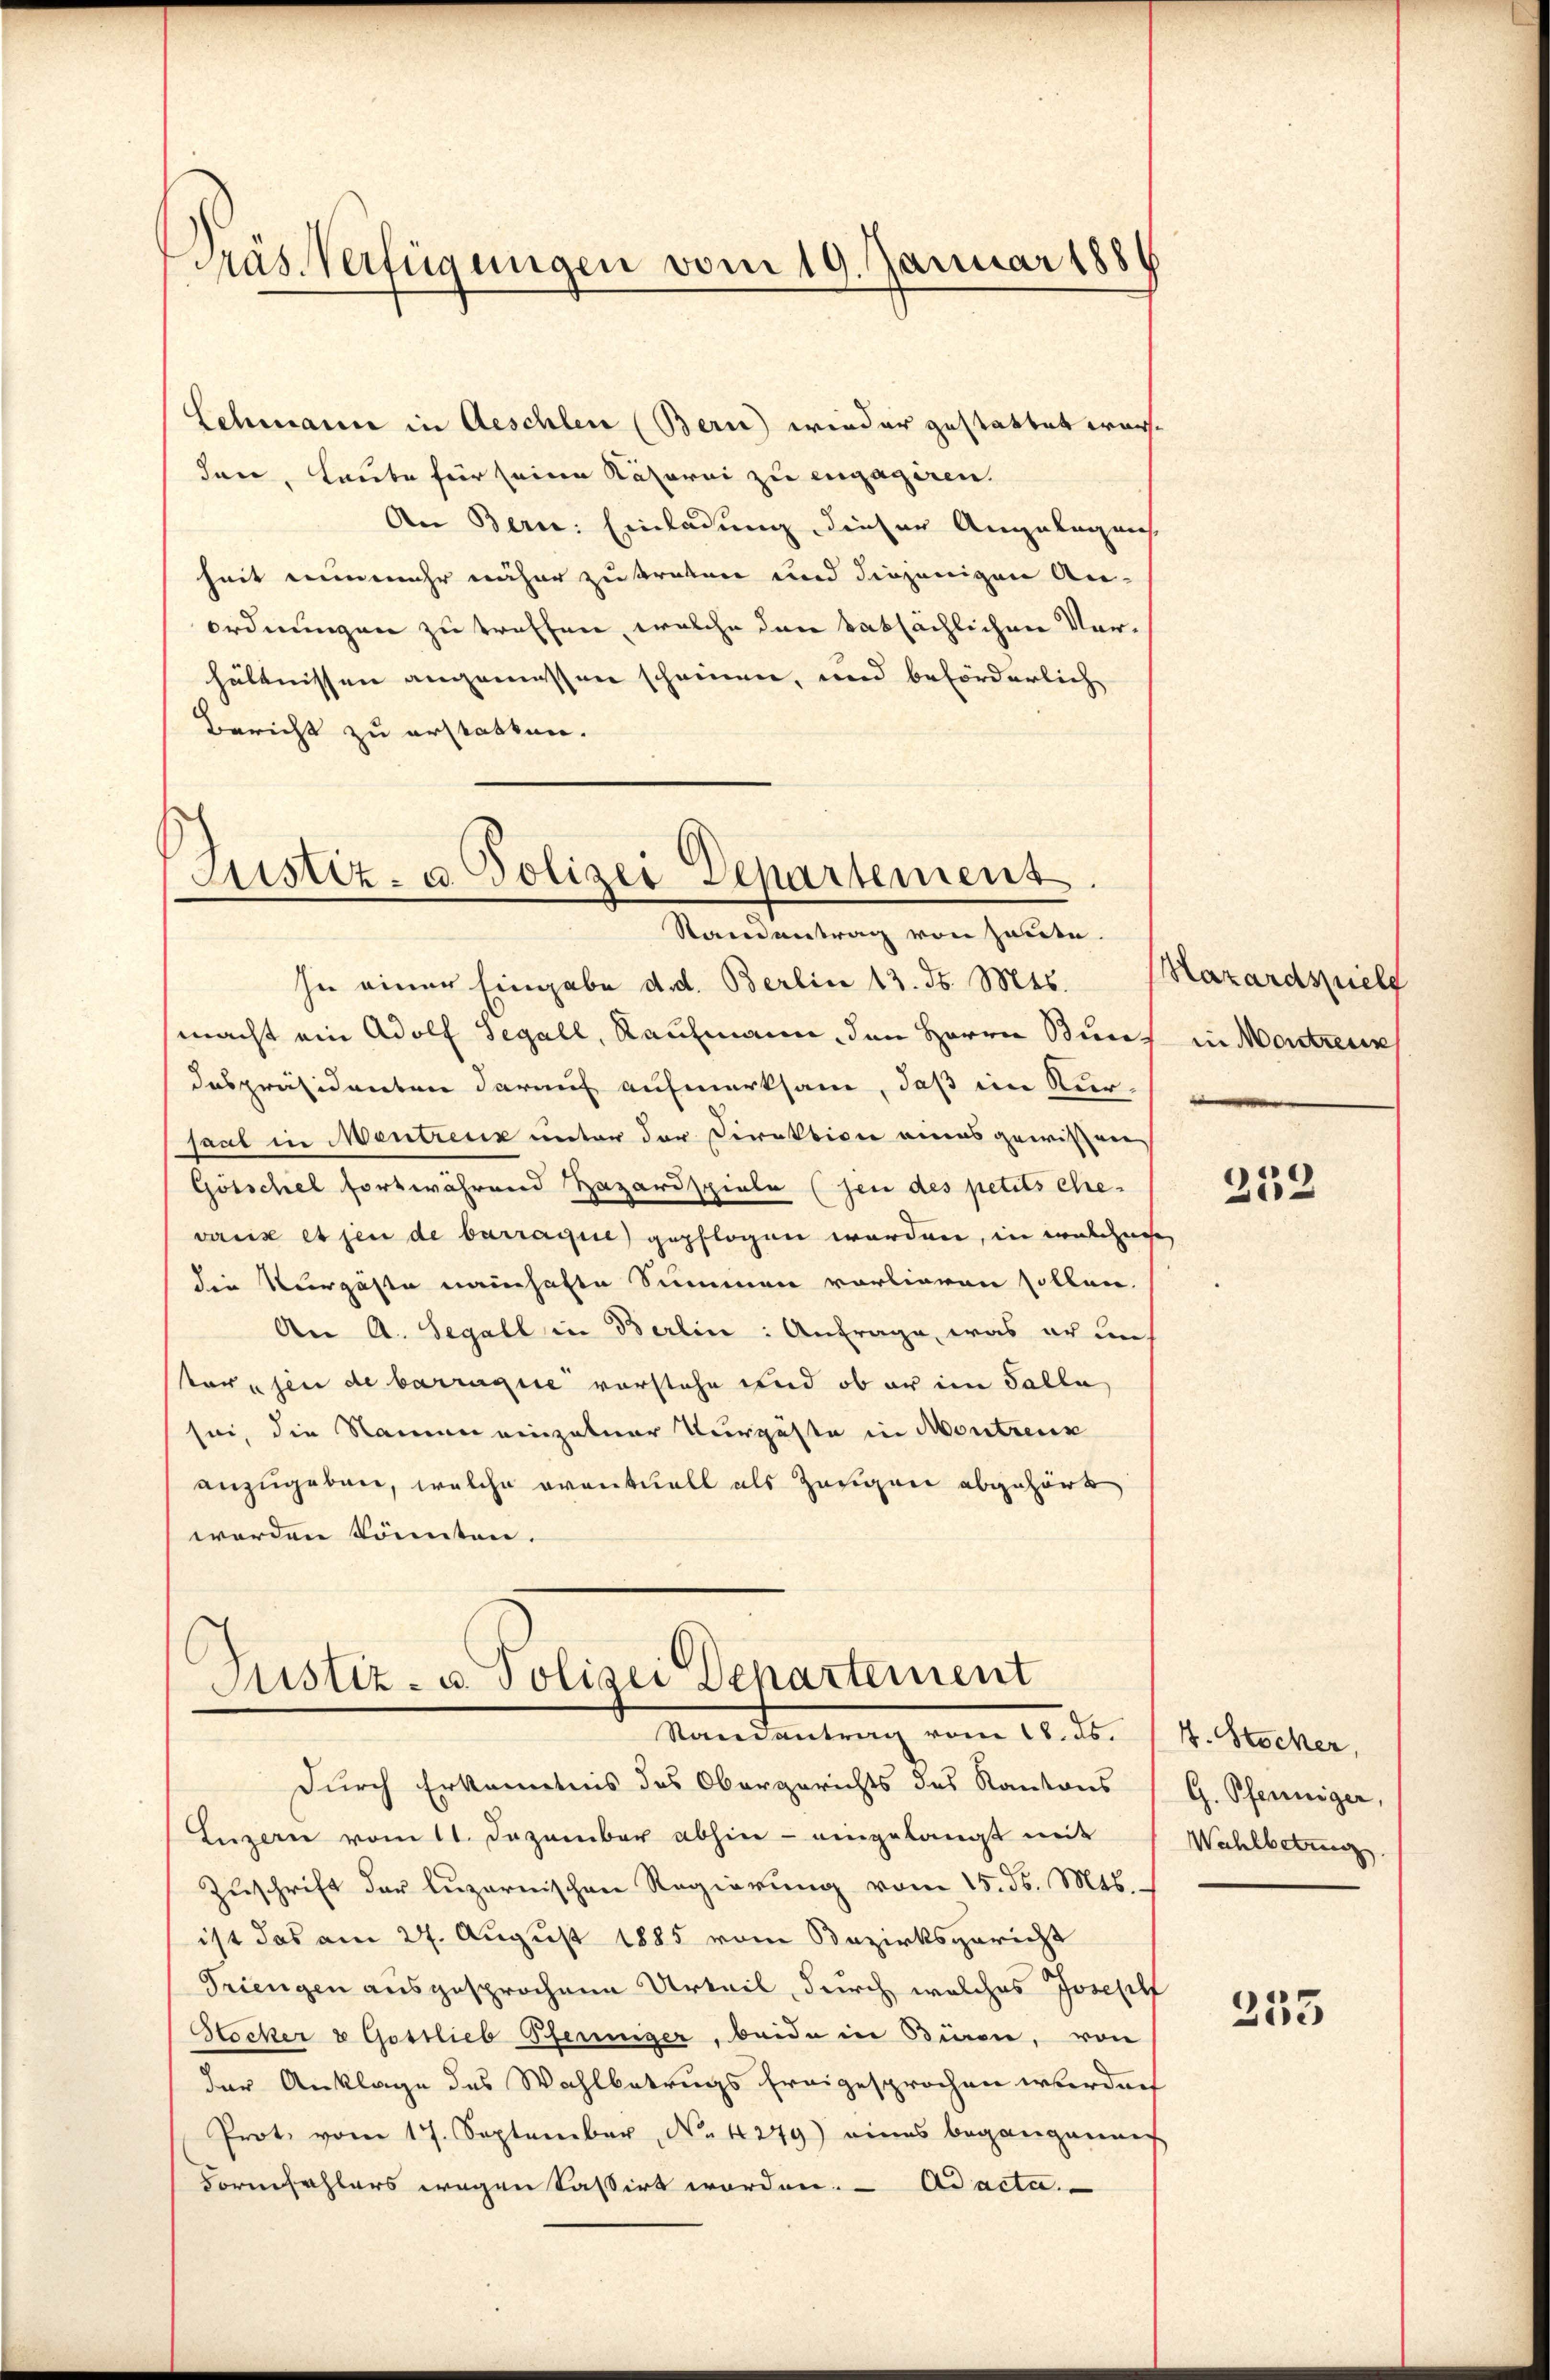
räs. Verfügungen vom 19. Januar 1884

Schmann in Aeschlen (Bern) wieder gestattet worden, Laube für seine Räsorni zu engagiren.
An Bern: Einladung dieser Angelegens
heit nunmehr näher zu traten und diejenigen An-
ordnungen zu treffen, welche dann tatsächlichen Verhältnissen angemessen scheinen, und beförderlich
Bericht zu erstatten.

Justiz- u. Polizei Departement.
Standentrag von Heute.

Justiz- u. Polizei Departement
Venedeutung vom 10. d. 1. 4. Nocker,

In einer Eingabe d. d. Berlin 13. ds. Mts. (Hazardspiele
macht ein Adolf Segall, Kaufmann, den Herrn Kunz in Montreux
despräsidenten darauf aufmerksam, daß im Kirsaal in Mentreuz unter der Direktion eines gewissen
Götschel fortwährend Hazardspiele (jen des petits ehe-
variis et jen de barraque gepflogen worden, in welchnee,
die Vergäste namhafte Summen vorlieren sollen.
An A. Segall in Berlin: Anfrage, was er in
sorgen de barraque vorstehe und ob er im Salla
sei, die Namen einzelner Turgäste in Montrenn
anzugeben, welche eventuell als Zeugen abgehört
werden könnten.

durch Erkenntnis des Obergerichts des Kantons (G. Pfenniger,
Luzern vom 11. Dezember abhin - eingelangt mit
Zuschrift der luzernischen Regierung vom 15. ds. Mts.
ist das am 24. August 1885 vom Bezirksgericht
Triengen ausgesprochene Urteil, durch welches Joseph
Stocker & Gostlieb Pferinger, beide in Bien, von
der Anklage des Wahlbetrugs freigesprochen werden
Prot. vom 17. September, No 1279) eines begangeneig
Formfehlers wegen Kassirt worden. Ad acta.

252

Wahlbetrug

233